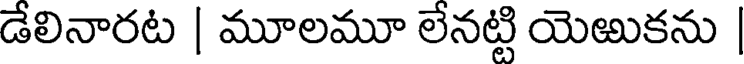
డేలినారట | మూలమూ లేనట్టి యెఱుకను